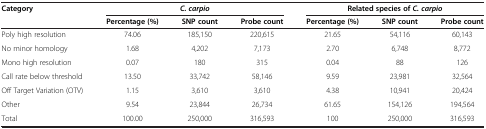
<table><thead><tr><td><b>Category</b></td><td colspan="3"><b><i>C. carpio</i></b></td><td colspan="3"><b>Related species of <i>C. carpio</i></b></td></tr><tr><td><b> </b></td><td><b>Percentage (%)</b></td><td><b>SNP count</b></td><td><b>Probe count</b></td><td><b>Percentage (%)</b></td><td><b>SNP count</b></td><td><b>Probe count</b></td></tr></thead><tbody><tr><td>Poly high resolution</td><td>74.06</td><td>185,150</td><td>220,615</td><td>21.65</td><td>54,116</td><td>60,143</td></tr><tr><td>No minor homology</td><td>1.68</td><td>4,202</td><td>7,173</td><td>2.70</td><td>6,748</td><td>8,772</td></tr><tr><td>Mono high resolution</td><td>0.07</td><td>180</td><td>315</td><td>0.04</td><td>88</td><td>126</td></tr><tr><td>Call rate below threshold</td><td>13.50</td><td>33,742</td><td>58,146</td><td>9.59</td><td>23,981</td><td>32,564</td></tr><tr><td>Off Target Variation (OTV)</td><td>1.15</td><td>3,610</td><td>3,610</td><td>4.38</td><td>10,941</td><td>20,424</td></tr><tr><td>Other</td><td>9.54</td><td>23,844</td><td>26,734</td><td>61.65</td><td>154,126</td><td>194,564</td></tr><tr><td>Total</td><td>100.00</td><td>250,000</td><td>316,593</td><td>100</td><td>250,000</td><td>316,593</td></tr></tbody></table>